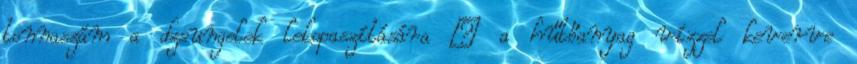
tonnaszám a dzsungelek lekopaszítására – a hűtőanyag vízzel keverve